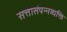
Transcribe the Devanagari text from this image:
सत्तासंपन्नव्यक्ति